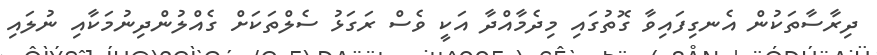
ދިރާސާތަކުން އެނގިފައިވާ ގޮތުގައި މިދެމާއްދާ އަކީ ވެސް ރަގަޅު ސެލްތަކަށް ގެއްލުންދިނުމަކާއި ނުލައި